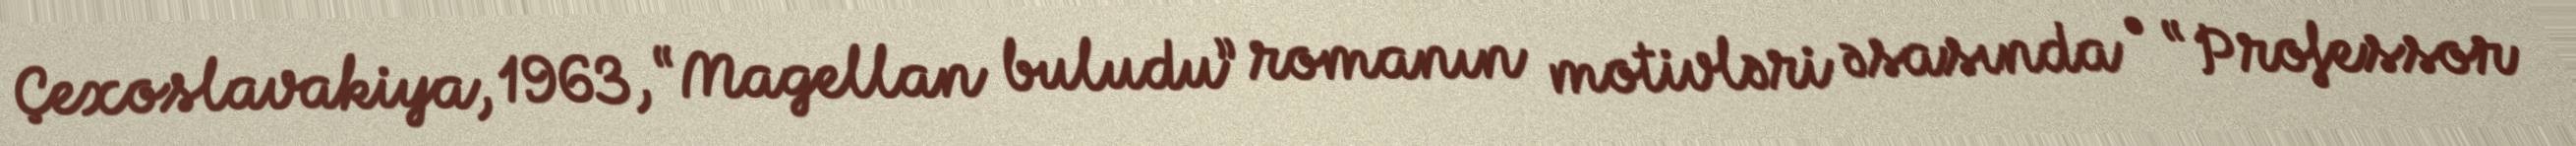
Çexoslavakiya, 1963, “Magellan buludu” romanın motivləri əsasında • “Professor